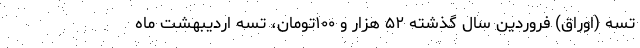
تسه (اوراق) فروردین سال گذشته ۵۲ هزار و ۱۰۰تومان، تسه اردیبهشت ماه